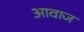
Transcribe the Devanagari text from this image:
अावाज